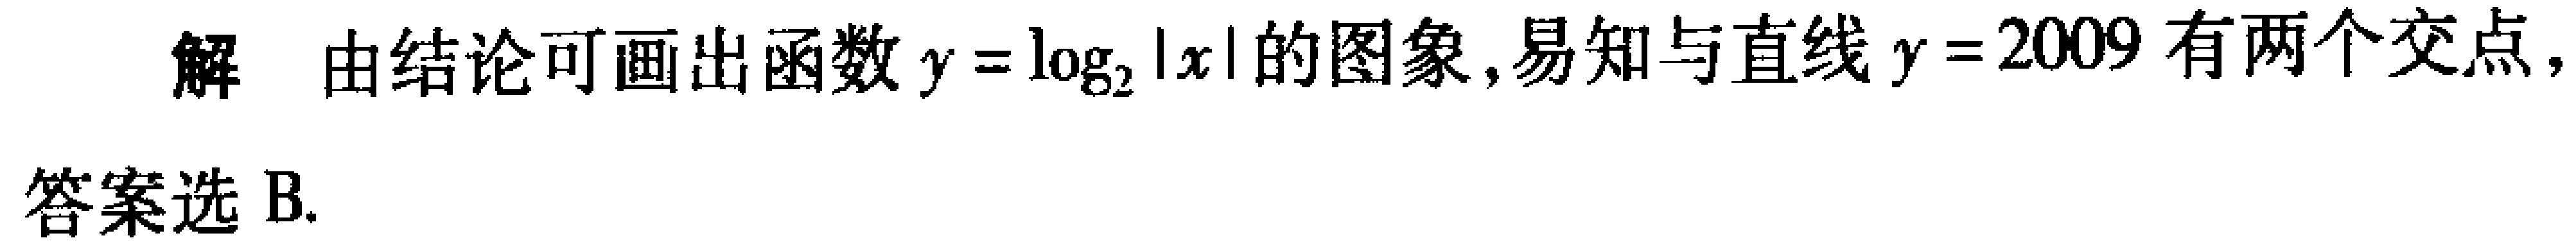
解 由结论可画出函数\(y = \log_{2}|x|\)的图象,易知与直线\(y = 2009\)有两个交点,

答案选B.